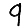
Digit: 9